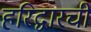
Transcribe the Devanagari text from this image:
हरिद्वारची